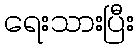
ရေးသားပြီး